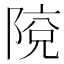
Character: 𨺥